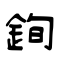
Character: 銁